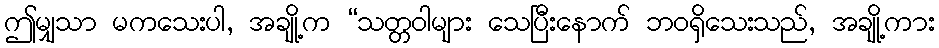
ဤမျှသာ မကသေးပါ, အချို့က “သတ္တဝါများ သေပြီးနောက် ဘဝရှိသေးသည်, အချို့ကား